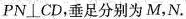
PN⊥CD，垂足分别为M，N.